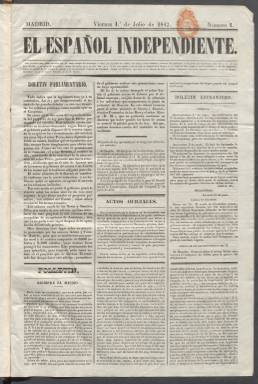
Título: El Español independiente
Colección: Periódicos anteriores a 1850
Ámbito geográfico: Madrid
Lugar de publicación: Madrid
Fechas: 01/07/1842-25/11/1842